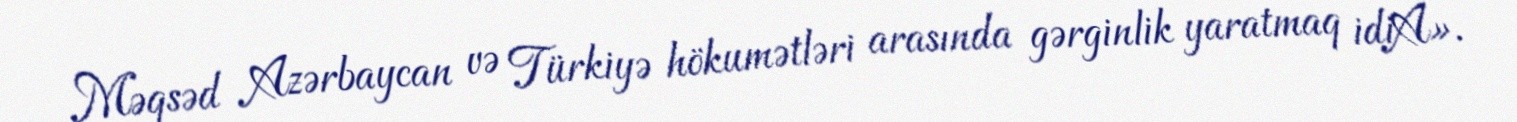
Məqsəd Azərbaycan və Türkiyə hökumətləri arasında gərginlik yaratmaq idiÂ».